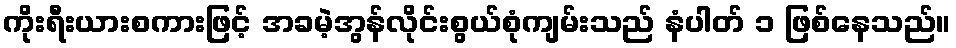
ကိုးရီးယားစကားဖြင့် အခမဲ့အွန်လိုင်းစွယ်စုံကျမ်းသည် နံပါတ် ၁ ဖြစ်နေသည်။